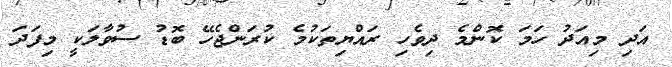
އަދި މިއަދު ހަމަ ކޮންމެ ދިވެހި ރައްޔިތަކުމެ ކުރަންޖެހޭ ބޮޑު ސުވާލަކީ މިފަދަ